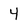
Character: 4